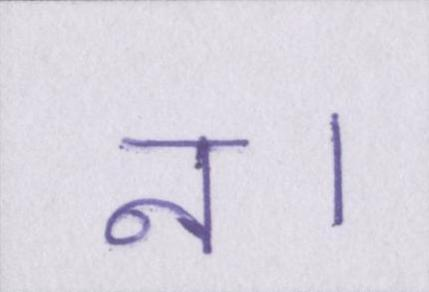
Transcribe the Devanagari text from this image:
न।